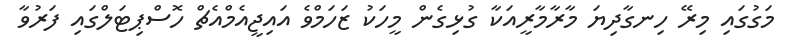
މަގުގައި މިރޭ ހިނގާދިޔަ މާރާމާރީއަކާ ގުޅިގެން މީހަކު ޒަހަމްވެ އައިޖީއެމްއެޗް ހޮސްޕިޓަލްގައި ފަރުވާ